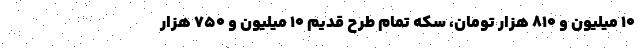
10 میلیون و 810 هزار تومان، سکه تمام طرح قدیم 10 میلیون و 750 هزار